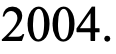
2004.